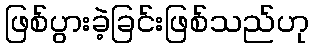
ဖြစ်ပွားခဲ့ခြင်းဖြစ်သည်ဟု